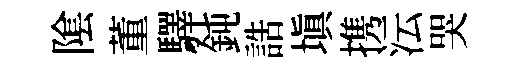
隂董驛鈍誥填携沄哭